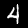
Digit: 4